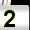
Digit: 2